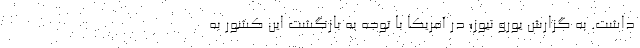
داشت. به گزارش یورو نیوز؛ در آمریکا با توجه به بازگشت این کشور به